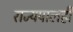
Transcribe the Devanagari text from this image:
राज्यपालही